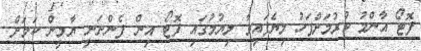
ފޮޓޯ އާންމު ކުރުމަށްފަހު ލިޔެފައިވާ ލިޔުމުގައި ފޮޓޯ އިން ފެންނަނީ ޔާމީން ކަމަށް